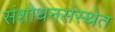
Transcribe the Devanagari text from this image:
संशोधनसंस्थेत